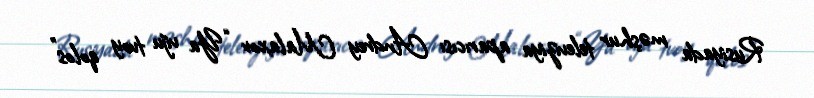
Rusiyada məşhur televiziya aparıcısı Andrey Malaxov “Ya viju tvoy qolos”